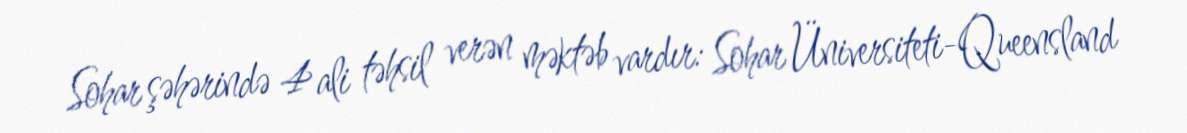
Sohar şəhərində 4 ali təhsil verən məktəb vardır: Sohar Üniversiteti-Queensland